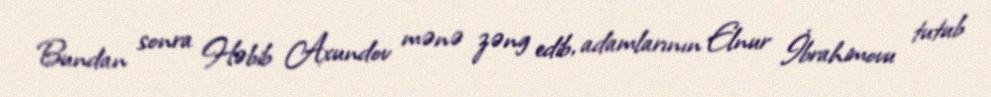
Bundan sonra Həbib Axundov mənə zəng edib, adamlarının Elnur İbrahimovu tutub